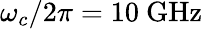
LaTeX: \omega_{c}/2\pi=10~\mathrm{GHz}